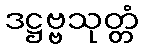
ဒဋ္ဌဗ္ဗသုတ္တံ